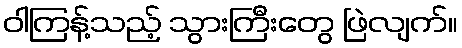
ဝါကြန့်သည့် သွားကြီးတွေ ဖြဲလျက်။